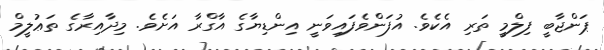
ޕަންޖާބީ ފިލްމީ ތަރި އެކެވެ. އުފަންވެފައިވަނީ އިންޑިޔާގެ އާގްރާ އަށެވެ. މިދާއިރާގެ ތަޢުލީމް